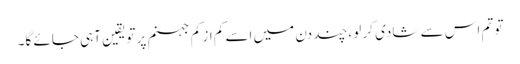
تو تم اس سے شادی کر لو ،چند دن میں اسے کم از کم جہنم پر تویقین آہی جائے گا۔